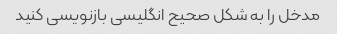
مدخل را به شکل صحیح انگلیسی بازنویسی کنید